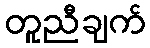
တူညီချက်